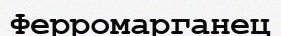
Ферромарганец